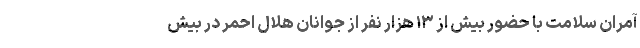
آمران سلامت با حضور بیش از ۱۳ هزار نفر از جوانان هلال احمر در بیش